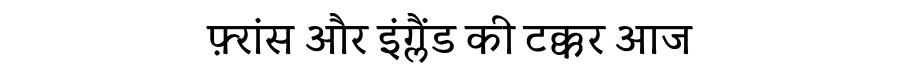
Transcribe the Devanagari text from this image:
फ़्रांस और इंग्लैंड की टक्कर आज